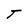
Character: T